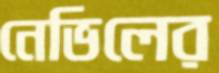
নেভিলের